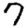
Digit: 7